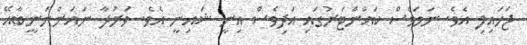
ޖަހައިފި އެވެ. ނަމަވެސް ކައުންޓަރުގައި އަދިވެސް އިނީ ޝައިނީ އެވެ. ވަރުދާ ނައަންނަނީބާއޭ